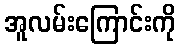
အူလမ်းကြောင်းကို